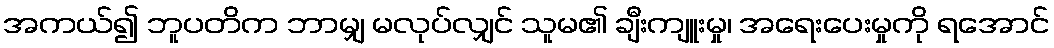
အကယ်၍ ဘူပတိက ဘာမျှ မလုပ်လျှင် သူမ၏ ချီးကျူးမှု၊ အရေးပေးမှုကို ရအောင်